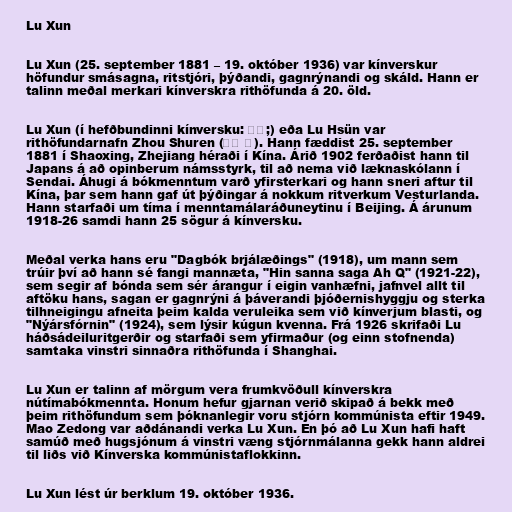
Lu Xun

Lu Xun (25. september 1881 – 19. október 1936) var kínverskur
höfundur smásagna, ritstjóri, þýðandi, gagnrýnandi og skáld. Hann er
talinn meðal merkari kínverskra rithöfunda á 20. öld.

Lu Xun (í hefðbundinni kínversku: 鲁迅;) eða Lu Hsün var
rithöfundarnafn Zhou Shuren (周树 人). Hann fæddist 25. september
1881 í Shaoxing, Zhejiang héraði í Kína. Árið 1902 ferðaðist hann til
Japans á að opinberum námsstyrk, til að nema við læknaskólann í
Sendai. Áhugi á bókmenntum varð yfirsterkari og hann sneri aftur til
Kína, þar sem hann gaf út þýðingar á nokkum ritverkum Vesturlanda.
Hann starfaði um tíma í menntamálaráðuneytinu í Beijing. Á árunum
1918-26 samdi hann 25 sögur á kínversku.

Meðal verka hans eru "Dagbók brjálæðings" (1918), um mann sem
trúir því að hann sé fangi mannæta, "Hin sanna saga Ah Q" (1921-22),
sem segir af bónda sem sér árangur í eigin vanhæfni, jafnvel allt til
aftöku hans, sagan er gagnrýni á þáverandi þjóðernishyggju og sterka
tilhneigingu afneita þeim kalda veruleika sem við kínverjum blasti, og
"Nýársfórnin" (1924), sem lýsir kúgun kvenna. Frá 1926 skrifaði Lu
háðsádeiluritgerðir og starfaði sem yfirmaður (og einn stofnenda)
samtaka vinstri sinnaðra rithöfunda í Shanghai.

Lu Xun er talinn af mörgum vera frumkvöðull kínverskra
nútímabókmennta. Honum hefur gjarnan verið skipað á bekk með
þeim rithöfundum sem þóknanlegir voru stjórn kommúnista eftir 1949.
Mao Zedong var aðdánandi verka Lu Xun. En þó að Lu Xun hafi haft
samúð með hugsjónum á vinstri væng stjórnmálanna gekk hann aldrei
til liðs við Kínverska kommúnistaflokkinn.

Lu Xun lést úr berklum 19. október 1936.